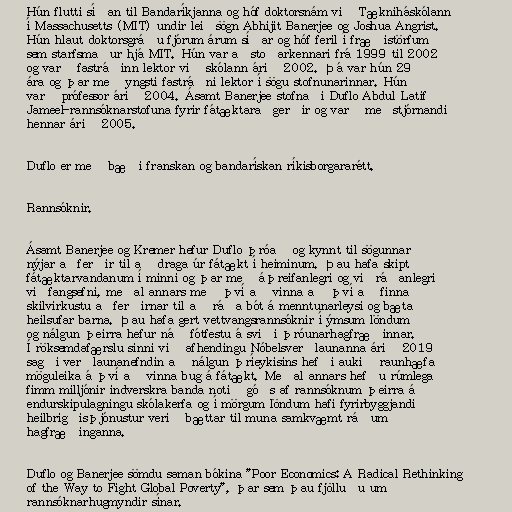
Hún flutti síðan til Bandaríkjanna og hóf doktorsnám við Tækniháskólann
í Massachusetts (MIT) undir leiðsögn Abhijit Banerjee og Joshua Angrist.
Hún hlaut doktorsgráðu fjórum árum síðar og hóf feril í fræðistörfum
sem starfsmaður hjá MIT. Hún var aðstoðarkennari frá 1999 til 2002
og varð fastráðinn lektor við skólann árið 2002. Þá var hún 29
ára og þar með yngsti fastráðni lektor í sögu stofnunarinnar. Hún
varð prófessor árið 2004. Ásamt Banerjee stofnaði Duflo Abdul Latif
Jameel-rannsóknarstofuna fyrir fátæktaraðgerðir og varð meðstjórnandi
hennar árið 2005.

Duflo er með bæði franskan og bandarískan ríkisborgararétt.

Rannsóknir.

Ásamt Banerjee og Kremer hefur Duflo þróað og kynnt til sögunnar
nýjar aðferðir til að draga úr fátækt í heiminum. Þau hafa skipt
fátæktarvandanum í minni og þar með áþreifanlegri og viðráðanlegri
viðfangsefni, meðal annars með því að vinna að því að finna
skilvirkustu aðferðirnar til að ráða bót á menntunarleysi og bæta
heilsufar barna. Þau hafa gert vettvangsrannsóknir í ýmsum löndum
og nálgun þeirra hefur náð fótfestu á sviði þróunarhagfræðinnar.
Í röksemdafærslu sinni við afhendingu Nóbelsverðlaunanna árið 2019
sagði verðlaunanefndin að nálgun þríeykisins hefði aukið raunhæfa
möguleika á því að vinna bug á fátækt. Meðal annars hefðu rúmlega
fimm milljónir indverskra banda notið góðs af rannsóknum þeirra á
endurskipulagningu skólakerfa og í mörgum löndum hafi fyrirbyggjandi
heilbrigðisþjónustur verið bættar til muna samkvæmt ráðum
hagfræðinganna.

Duflo og Banerjee sömdu saman bókina "Poor Economics: A Radical Rethinking
of the Way to Fight Global Poverty", þar sem þau fjölluðu um
rannsóknarhugmyndir sínar.